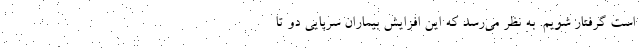
است گرفتار شویم. به نظر می‌رسد که این افزایش بیماران سرپایی دو تا